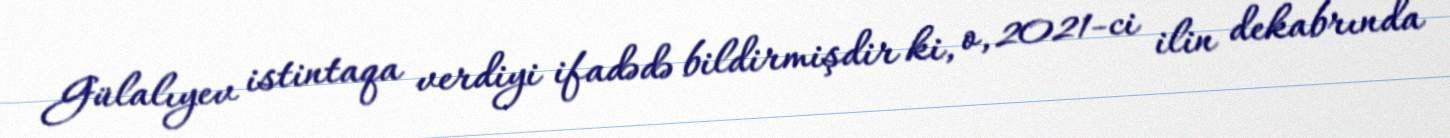
Gülalıyev istintaqa verdiyi ifadədə bildirmişdir ki, o, 2021-ci ilin dekabrında